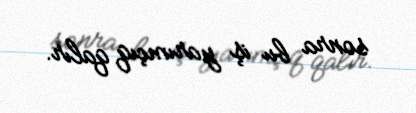
sonra bu iş yarımçıq qalır.